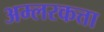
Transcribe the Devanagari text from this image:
अम्लरकत्ता